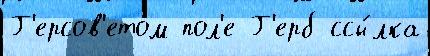
Г'ерсов'етом пол'е Г'ерб ссы́лка